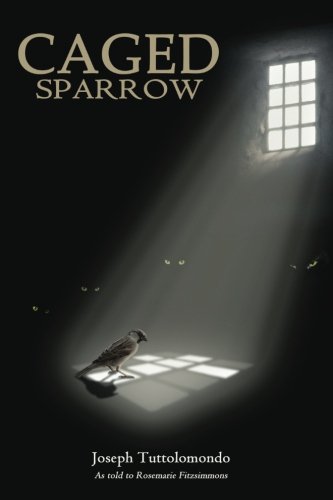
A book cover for Caged Sparrow; Mr. Joseph A. Tuttolomondo; Biographies & Memoirs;